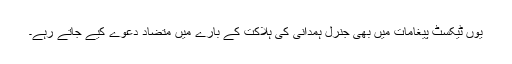
یوں ٹیکسٹ پیغامات میں بھی جنرل ہمدانی کی ہلاکت کے بارے میں متضاد دعوے کیے جاتے رہے۔